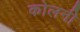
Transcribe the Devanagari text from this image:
कोलनी